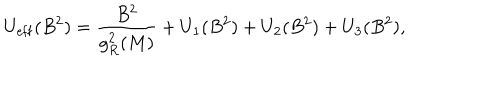
U _ { \mathrm { e f f } } ( B ^ { 2 } ) = \frac { B ^ { 2 } } { g _ { R } ^ { 2 } ( M ) } + U _ { 1 } ( B ^ { 2 } ) + U _ { 2 } ( B ^ { 2 } ) + U _ { 3 } ( B ^ { 2 } ) ,